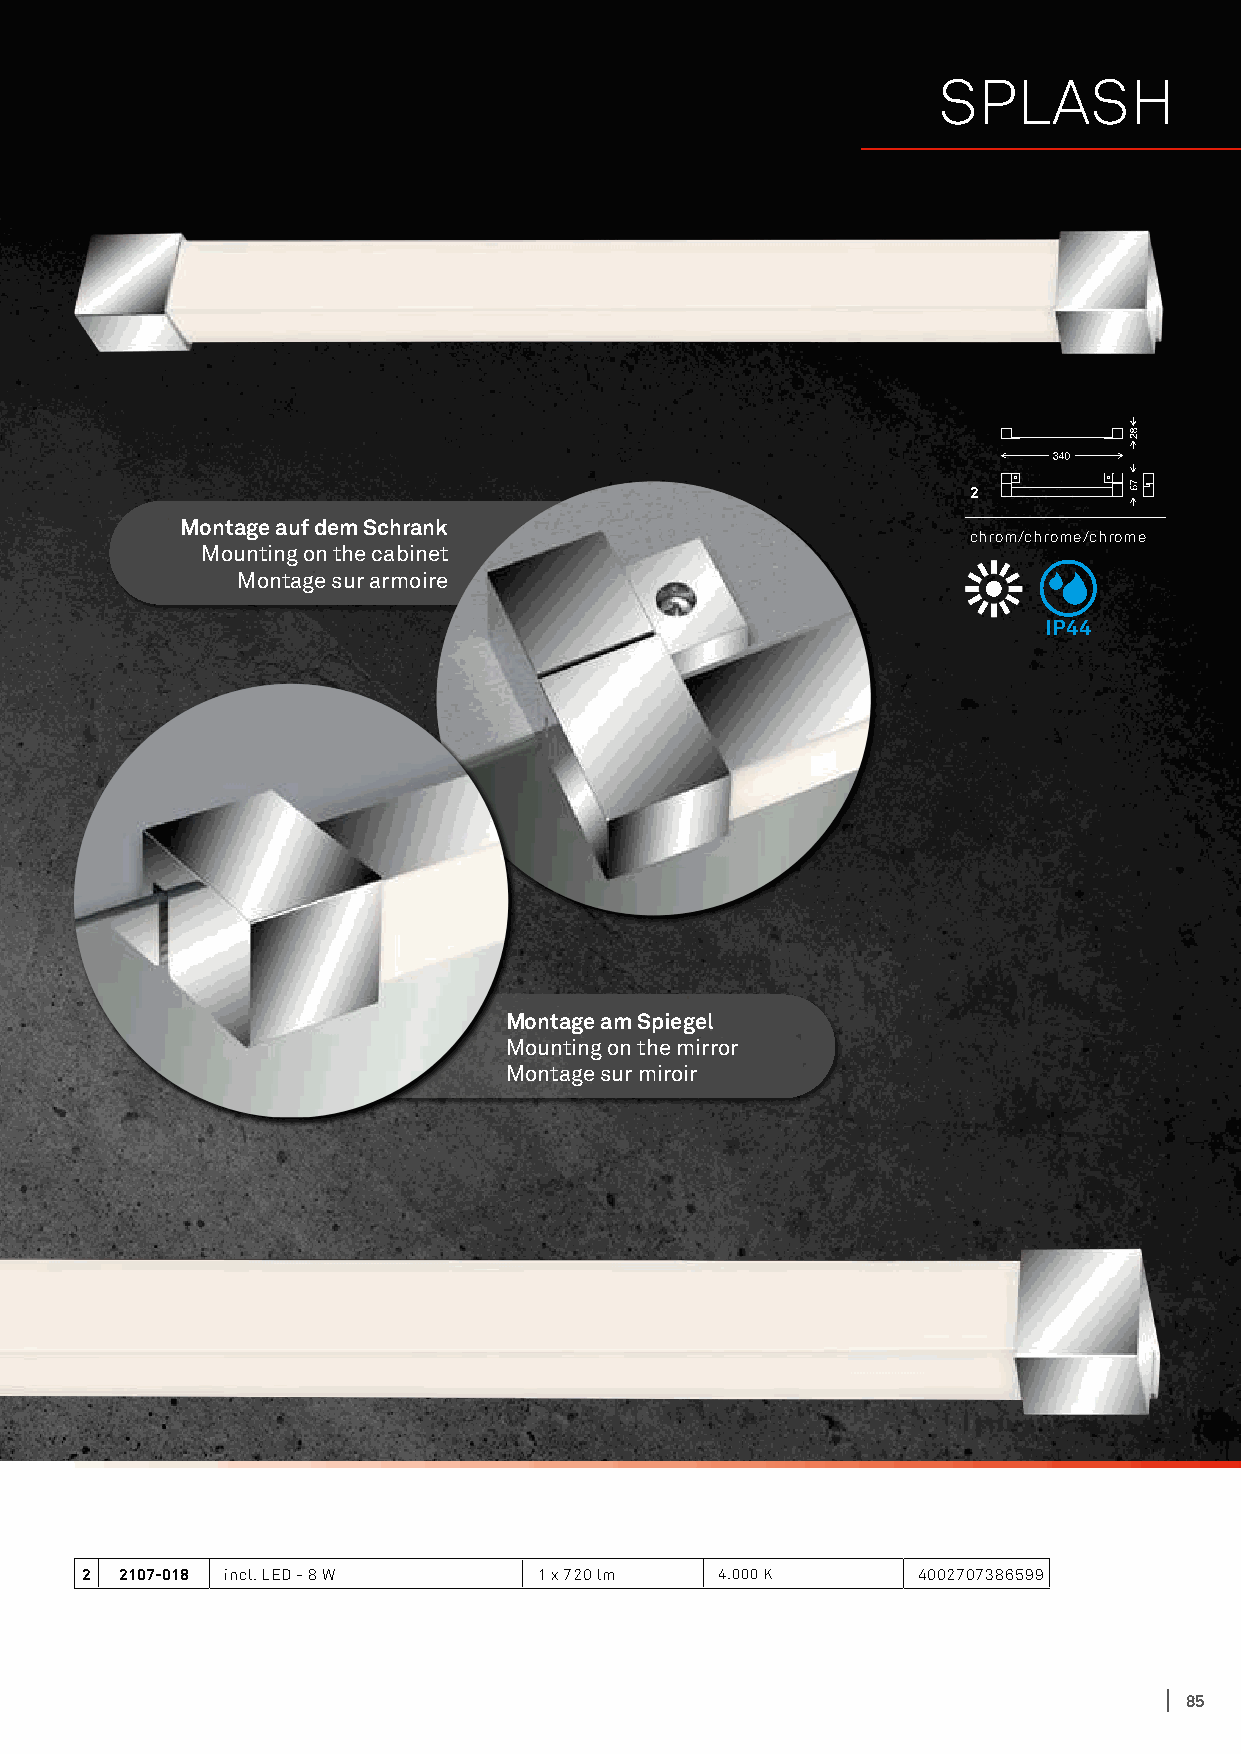
SPLASH
 2
 Montage auf dem Schrank
 chrom/chrome/chrome
 Mounting on the cabinet
 Montage sur armoire
 IP44
 Montage am Spiegel
 Mounting on the mirror
 Montage sur miroir
 2  2107-018 incl. LED - 8 W    1 x 720 lm  4.000 K      4002707386599
 85